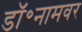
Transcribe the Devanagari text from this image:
डॉ॰नामवर